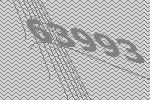
63993